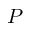
P